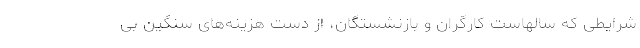
شرایطی که سالهاست کارگران و بازنشستگان، از دست هزینه‌های سنگین بی